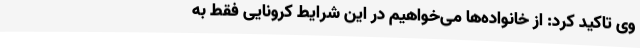
وی تاکید کرد: از خانواده‌ها می‌خواهیم در این شرایط کرونایی فقط به